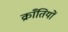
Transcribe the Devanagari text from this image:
क्राँतियों